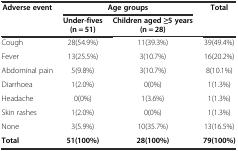
<table><thead><tr><td rowspan="2"><b>Adverse event</b></td><td colspan="2"><b>Age groups</b></td><td rowspan="2"><b>Total</b></td></tr><tr><td><b>Under-fives (n = 51)</b></td><td><b>Children aged ≥5 years (n = 28)</b></td></tr></thead><tbody><tr><td>Cough</td><td>28(54.9%)</td><td>11(39.3%)</td><td>39(49.4%)</td></tr><tr><td>Fever</td><td>13(25.5%)</td><td>3(10.7%)</td><td>16(20.2%)</td></tr><tr><td>Abdominal pain</td><td>5(9.8%)</td><td>3(10.7%)</td><td>8(10.1%)</td></tr><tr><td>Diarrhoea</td><td>1(2.0%)</td><td>0(0%)</td><td>1(1.3%)</td></tr><tr><td>Headache</td><td>0(0%)</td><td>1(3.6%)</td><td>1(1.3%)</td></tr><tr><td>Skin rashes</td><td>1(2.0%)</td><td>0(0%)</td><td>1(1.3%)</td></tr><tr><td>None</td><td>3(5.9%)</td><td>10(35.7%)</td><td>13(16.5%)</td></tr><tr><td><b>Total</b></td><td><b>51(100%)</b></td><td><b>28(100%)</b></td><td><b>79(100%)</b></td></tr></tbody></table>